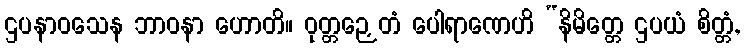
ဌပနာဝသေန ဘာဝနာ ဟောတိ။ ဝုတ္တဉှေတံ ပေါရာဏေဟိ “နိမိတ္တေ ဌပယံ စိတ္တံ,